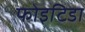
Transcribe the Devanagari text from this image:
फोइटिडा